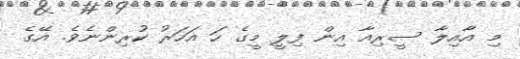
މި އާއިލާ ސީރިއާ އިން ފިލީ މީގެ ހަ އަހަރު ކުރިންނެވެ. އޭގެ